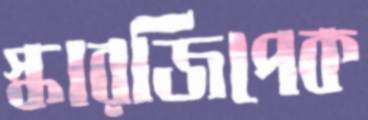
স্কারজিপেক